Calcutta medical institutions reports 1871-78
Year: 1871
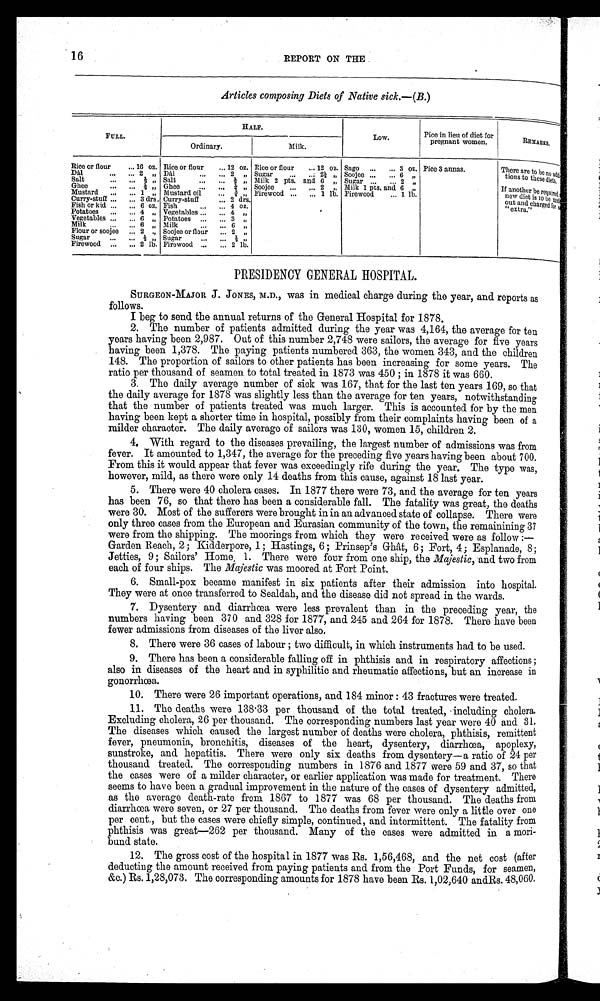
16
REPORT ON THE .
Articles composing Diets of Native sick.—(B.)
HALF.
FULL.
Low.
Pice in lieu of diet for
Ordinary.
Milk.
pregnant women.
REMARKS.
Rice or flour
... 16 oz. Rice or flour
... 12 oz. Rice or flour
... 12 oz. Sago
...
... 3 oz. Pice 3 annas.
There are to be no ad •
Dal
.,.
... 2 „ Dal
...
.., 2 „ Sugar
...
. . 21- „ Soojee ...
... 6 „
tions to these diets.th
Salt
...
.„ I „ Salt
..,
... / „ Milk 2 pts. and 6 „ Sugar
.
„. 2 „
Ghee
...
.., I „ Ghee
...
... 1 „ Soojee
...
... 2 , Milk 1 Pts. and 6 ,
If another be required
Mustard
...
... 1 „ Mustard oil
... 1, „ Firewood ...
... 1 lb. Firewood
... 1 lb.
new diet is to be LuYi
Curry-stuff ...
.., 3 drs. Curry-stuff
... 2 drs.
out and charged for
Fish or kid. ..
... 6 oz. Fish
,„
.., 4 oz.
"extra."
Potatoes
...
... 4 „ Vegetables ...
... 4 „
Vegetables ...
... 6 „ Potatoes ...
... 3 ,,
Milk
..,
.., 6 „ Milk
Flour or soojee
... 2 ., Soojee or flour
... 2 „
Sugar
...
... 1 „ Sugar
...
... 1 „
Firewood ,..
... 2 lb. Firewood ...
... 2 lb.
PRESIDENCY GENERAL HOSPITAL.
SURGEON-MAJOR J. JONES, M.D., was in medical charge during the year, and reports as
follows.
I beg to send the annual returns of the General Hospital for 1878.
2. The number of patients admitted during the year was 4,164, the average for ten
years having been 2,987. Out of this number 2,748 were sailors, the average for five years
having been 1,378. The paying patients numbered 363, the women 343, and the children
148. The proportion of sailors to other patients has been increasing for some years. The
ratio per thousand of seamen to total treated in 1873 was 450 ; in 1878 it was 660.
3. The daily average number of sick was 167, that for the last ten years 169, so that
the daily average for 1878 was slightly less than the average for ten years, notwithstanding
that the number of patients treated was much larger. This is accounted for by the men
having been kept a shorter time in hospital, possibly from their complaints having been of a
milder character. The daily average of sailors was 130, women 15, children 2.
4. With regard to the diseases prevailing, the largest number of admissions was from
fever. It amounted to 1,347, the average for the preceding five years having been about 700.
From this it would appear that fever was exceedingly rife during the year. The type was,
however, mild, as there were only 14 deaths from this cause, against 18 last year.
5. There were 40 cholera cases. In 1877 there were 73, and the average for ten years
has been 76, so that there has been a considerable fall. The fatality was great, the deaths
were 30. Most of the sufferers were brought in in an advanced state of collapse. There were
only three cases from the European and Eurasian community of the town, the remainining 37
were from the shipping. The moorings from which they were received were as follow :-
Garden Reach, 2 ; ICidderpore, 1; Hastings, 6 ; Prinsep's Ghât, 6 ; Fort, 4; Esplanade, 8;
Jetties, 9 ; Sailors' Home, 1. There were four from one ship, the Majestic, and two from
each of four ships. The Majestic was moored at Fort Point.
6. Small-pox became manifest in six patients after their admission into hospital.
They were at once transferred to Sealdah, and the disease did not spread in the wards.
7. Dysentery and diarrhoea were less prevalent than in the preceding year, the
numbers having been 370 and 328 for 1877, and 245 and 264 for 1878. There have been
fewer admissions from diseases of the liver also.
8. There were 36 cases of labour ; two difficult, in which instruments had to be used.
9. There has been a considerable falling off in phthisis and in respiratory affections ;
also in diseases of the heart and in syphilitic and rheumatic affections, but an increase in
gonorrhoea.
10. There were 26 important operations, and 184 minor : 43 fractures were treated.
11. The deaths were 138.33 per thousand of the total treated, including cholera.
Excluding cholera, 26 per thousand. The corresponding numbers last year were 40 and 31.
The diseases which caused the largest number of deaths were cholera, phthisis, remittent
fever, pneumonia, bronchitis, diseases of the heart, dysentery, diarrhea, apoplexy,
sunstroke, and hepatitis. There were only six deaths from dysentery—a ratio of 24 per
thousand treated. The corresponding numbers in 1876 and 1877 were 59 and 37, so that
the eases were of a milder character, or earlier application was made for treatment. There
seems to have been a gradual improvement in the nature of the cases of dysentery admitted,
as the average death-rate from 1867 to 1877 was 68 per thousand. The deaths from
diarrhoea were seven, or 27 per thousand. The deaths from fever were only a little over one
per cent., but the cases were chiefly simple, continued, and intermittent. The fatality from
phthisis was great-262 per thousand. Many of the cases were admitted in a mori-
bund state.
12. The gross cost of the hospital in 1877 was Rs. 1,56,468, and the net cost (after
deducting the amount received from paying patients and from the Port Funds, for seamen,
&c.) Rs. 1,28,073. The corresponding amounts for 1878 have been Rs. 1,02,640 and Rs. 48,060.